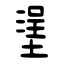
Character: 塣